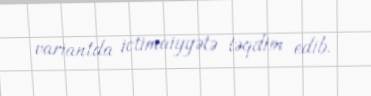
variantda ictimaiyyətə təqdim edib.